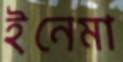
ইনেমা